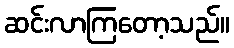
ဆင်းလာကြတော့သည်။